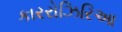
કારરોઝિરિઆ